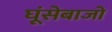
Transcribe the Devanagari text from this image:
घूंसेबाजों